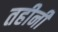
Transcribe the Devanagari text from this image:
तहीनी